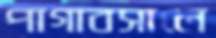
পাগাবসালে